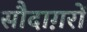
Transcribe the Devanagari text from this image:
सौदाग़रों